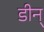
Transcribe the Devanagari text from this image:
डीन्